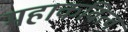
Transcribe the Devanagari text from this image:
महाकवित्व